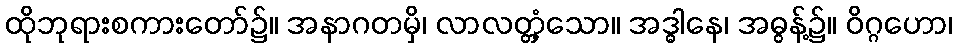
ထိုဘုရားစကားတော်၌။ အနာဂတမှိ၊ လာလတ္တံ့သော။ အဒ္ဓါနေ၊ အဓွန့်၌။ ဝိဂ္ဂဟော၊